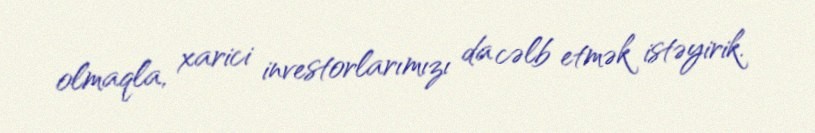
olmaqla, xarici investorlarımızı da cəlb etmək istəyirik.